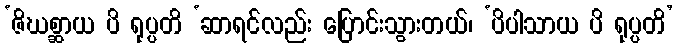
‘ဇိဃစ္ဆာယ ပိ ရုပ္ပတိ ‘ဆာရင်လည်း ပြောင်းသွားတယ်၊ ‘ပိပါသာယ ပိ ရုပ္ပတိ’